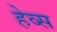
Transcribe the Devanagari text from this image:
हेव्स